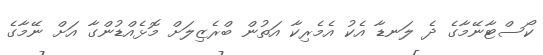
ކޯސްޓާނޭމާގެ ދެ ލަނޑާ އެކު އެމެރިކާ އަތުން ބްރެޒިލަށް މޮޅެއްޑުންގާ އަށް ނޭމާގެ